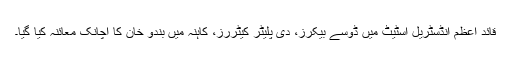
قائد اعظم انڈسٹریل اسٹیٹ میں ڈوسے بیکرز، دی پلیٹر کیٹررز، کاہنہ میں بندو خان کا اچانک معائنہ کیا گیا۔